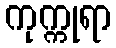
ကုက္ကုရာ